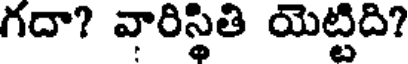
గదా? వారిస్థితి యెట్టిది?